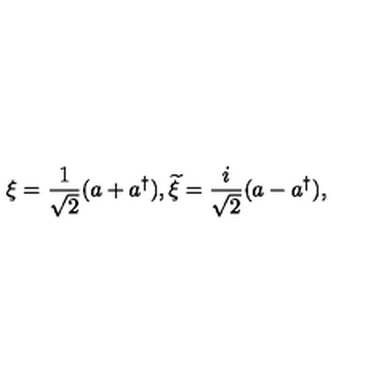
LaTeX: \xi = \frac { 1 } { \sqrt { 2 } } ( a + a ^ { \dagger } ) , { \widetilde \xi } = \frac { i } { \sqrt { 2 } } ( a - a ^ { \dagger } ) ,